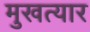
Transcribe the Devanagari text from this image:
मुखत्यार